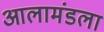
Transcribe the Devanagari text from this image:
आलामंडला